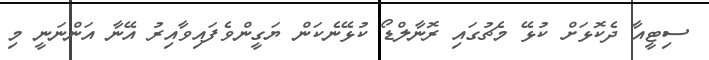
ސިޓީއާ ދެކޮޅަށް ކުޅޭ މެޗުގައި ރޮނާލްޑޯ ކުޅޭނެކަން ޔަގީންވެފައިވާއިރު އޭނާ އަންނަނީ މި